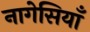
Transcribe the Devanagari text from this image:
नागेसियाँ